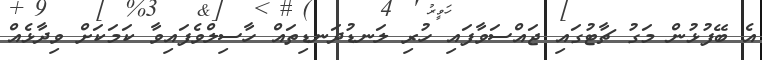
އެ ބޭފުޅުން މަގު ޗާޓުގައި ޖައްސަވާފައި ހުރި ލަނޑުދަނޑިތައް ހާސިލްވެފައިވާ ކަމަކަށް ވިދާޅެއް